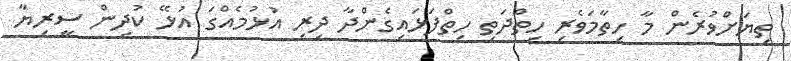
ތިޔަށްވުރެން މާ ހިތާމަވެރި ހިތްދަތި ހިތްފަޅައިގެންދާ ދިރި އުޅުމެއްގަ އުޅޭ ކުދިން ސީރިޔާ